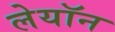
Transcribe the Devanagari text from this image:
लेयॉन